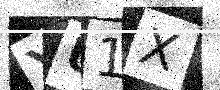
Text: YU1X